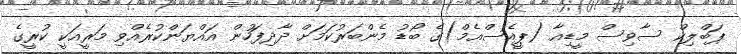
ޕަބްލިކް ސާވިސް މީޑިއާ (ޕީއެސްއެމް)ގެ ބޯޑު މެންބަރުކަމަށް ދާދިފަހުން އައްޔަންކުރެއްވި މަރީއަކީ ކުރީގެ